Lunatic asylums in Bengal annual reports 1912-1924 - 1912-1924
Year: 1912
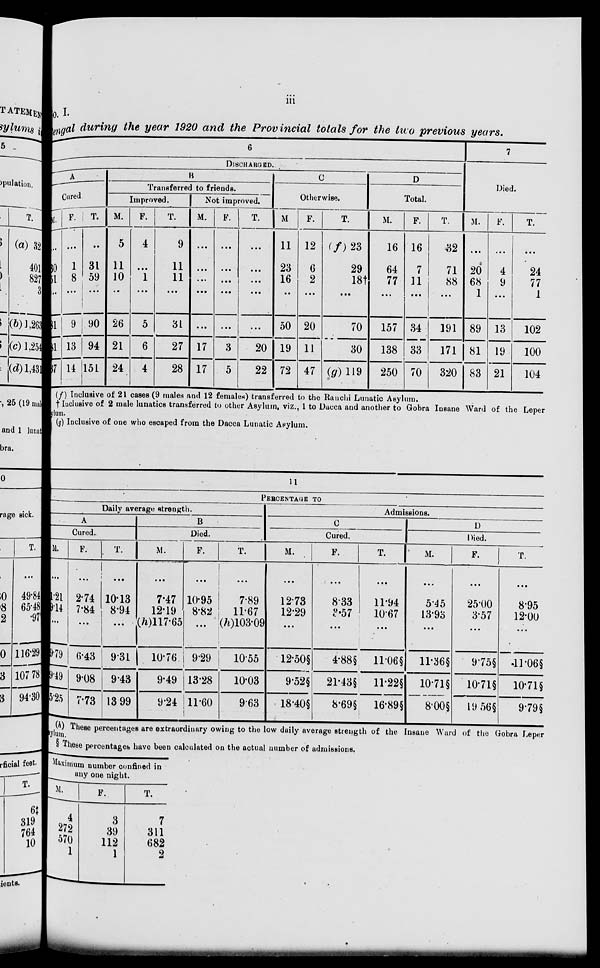
iii
o.I.
engal during the year 1920 and the Provincial totals for the two previous years.
6
DISCHARGED.
A
Cured
M.
...
30
51
...
81
81
87
F.
...
1
8
...
9
13
14
T.
...
31
59
...
90
94
151
B
Transferred to friends.
Improved.
M.
5
11
10
...
26
21
24
F.
4
...
1
...
5
6
4
T.
9
11
11
...
31
27
28
Not improved.
M.
...
...
...
...
...
17
17
F.
...
...
...
...
...
3
5
T.
...
...
...
...
...
20
22
C
Otherwise.
M.
11
23
16
...
50
19
72
F.
12
6
2
...
20
11
47
T.
(f)23
29
18†
...
70
30
(g)119
D
Total.
M.
16
64
77
...
157
138
250
F.
16
7
11
...
34
33
70
T.
32
71
88
...
191
171
320
7
Died.
M.
...
20
68
1
89
81
83
F.
...
4
9
...
13
19
21
T.
...
24
77
1
102
100
104
(f) Inclusive of 21 cases (9 males and 12 females) transferred to the Ranchi Lunatic Asylum.
† Inclusive of 2 male lunatics transferred to other Asylum, viz., 1 to Dacca and another to Gobra Insane Ward of the Leper
ylum.
(g) Inclusive of one who escaped from the Dacca Lunatic Asylum.
11
PERCENTAGE TO
Daily average strength.
A
Cured.
M.
...
1.21
9.14
...
9.79
9.49
5.25
F.
...
2.74
7.84
...
6.43
9.08
7.73
T.
...
10.13
8.94
...
9.31
9.43
13.99
B
Died.
M.
...
7.47
12.19
(h)117.65
10.76
9.49
9.24
F.
...
10.95
8.82
...
9.29
13.28
11.60
T.
...
7.89
11.67
(h) 103.09
10.55
10.03
9.63
Admissions.
C
Cured.
M.
...
12.73
12.29
...
12.50§
9.52§
18.40§
F.
...
8.33
3.57
...
4.88§
21.43§
8.69§
T.
...
11.94
10.67
...
11.06§
11.22§
16.89§
D
Died.
M.
...
5.45
13.93
...
11.36§
10.71§
8.00§
F.
...
25.00
3.57
...
9.75§
10.71§
19.56§
T.
...
8.95
12.00
...
11.06§
10.71§
9.79§
(h) These percentages are extraordinary owing to the low daily average strength of the Insane Ward of the Gobra Leper
sylum.
§ These percentages have been calculated on the actual number of admissions.
Maximum number confined in
any one night.
M.
4
272
570
1
F.
3
39
112
1
T.
7
311
682
2